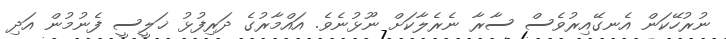
ނުރުހޭކަން އެނގޭއިރުވެސް ސާރާ ނެރެލާކަށް ނޫޅުނެވެ. އައްމާރުގެ ދަރިފުޅު ޚަލީސީ ފެނުމުން އަދި